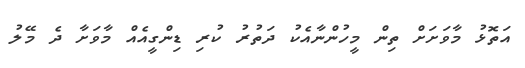
އަތޮޅު މާވަށަށް ތިން މީހުންނާއެކު ދަތުރު ކުރި ޑިންގީއެއް މާވަށާ ދެ މޭލު